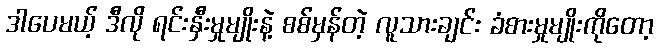
ဒါပေမယ့် ဒီလို ရင်းနှီးမှုမျိုးနဲ့ စစ်မှန်တဲ့ လူသားချင်း ခံစားမှုမျိုးကိုတော့